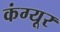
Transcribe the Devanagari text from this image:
कंग्‍यूर